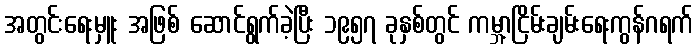
အတွင်းရေးမှူး အဖြစ် ဆောင်ရွက်ခဲ့ပြီး ၁၉၅၇ ခုနှစ်တွင် ကမ္ဘာ့ငြိမ်းချမ်းရေးကွန်ဂရက်